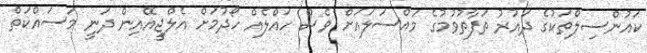
ކައުންސިލްތަކުގެ ދައުރު ތަފާތުވުމުގެ މައްސަލައަށް ވެސް ހައްލެއް ހޯދުމަށް އެލްޖީއޭއިން ދަނީ މަސައްކަތް